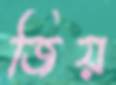
জিয়